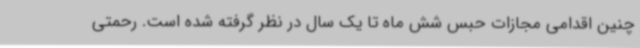
چنین اقدامی مجازات حبس شش ماه تا یک سال در نظر گرفته شده است. رحمتی